Vaccination North-Western Provinces and Oudh 1878-1895 - 1878-1895
Year: 1878
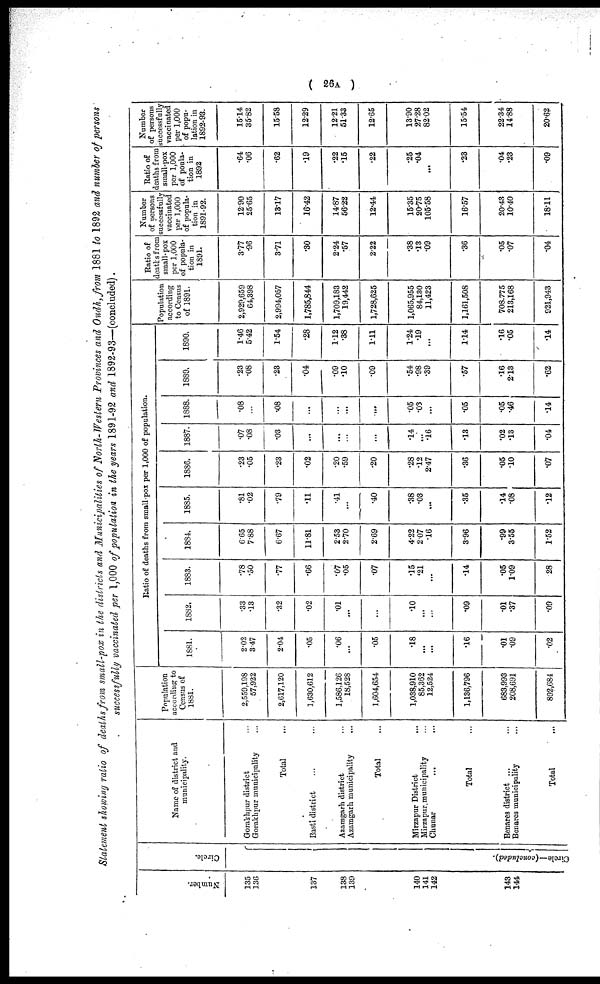
( 26A )
Statement showing ratio of deaths from small-pox in the districts and Municipalities of North-Western Provinces and Oudh, from 1881 to 1892 and number of persons
successfully vaccinated per 1,000 of population in the years 1891-92 and 1892-93—(concluded).
Number.
135
136
137
138
139
140
141
142
143
144
Circle.
Circle—(concluded).
Name of district and
municipality.
Gorakhpur district ...
Gorakhpur municipality ...
Total ...
Basti district ... ...
Azamgarh district ...
Azamgarh municipality ...
Total ...
Mirzapur District
Mirzapur municipality ...
Chunar ... ...
Total ...
Benares district ... ...
Benares municipality ...
Total ...
Population
according to
Census of
1881.
2,550,198
57,922
2,617,120
1,630,612
1,586,126
18,528
1,604,654
1,038,910
85,362
12,524
1,136,796
683,993
208,691
892,684
Ratio of deaths from small-pox per 1,000 of population.
1881.
2.02
3.47
2.04
.05
.06
...
.05
.18
...
...
.16
.01
.09
.02
1882.
.33
.13
.32
.02
.01
...
...
.10
...
...
.09
.01
.37
.09
1883.
.78
.50
.77
.66
.07
.05
.07
.15
.21
...
.14
.05
1.09
28
1884.
6.65
7.88
6.67
11.81
2.53
2.70
2.69
4.22
2.07
.16
3.96
.99
3.55
1.52
1885.
.81
.02
.79
.11
.41
...
.40
.38
.03
...
.35
.14
.08
.12
1886.
.23
.05
.23
.02
.20
.59
.20
.28
.12
2.47
.36
.05
.10
.07
1887.
.07
.08
.03
...
...
...
...
.14
...
.16
.13
.02
.13
.04
1888.
.08
...
.08
...
...
...
...
.05
.03
...
.05
.05
.46
.14
1889.
.23
.08
.23
.04
.09
.10
.09
.54
.98
.39
.57
.16
2.13
.62
1890.
1.46
5.42
1.54
.28
1.12
.38
1.11
1.24
.19
...
1.14
.16
.05
.14
Population
according
to Census
of 1891.
2,929,659
64,398
2,994,057
1,785,844
1,709,183
19,442
1,728,625
1,065,955
84,130
11,423
1,161,508
708.775
213,168
921,943
Ratio of
deaths from
small-pox
per 1,000
of popula-
tion in
1891.
3.77
.96
3.71
.30
2.24
.57
2.22
.38
.13
.09
.36
.05
.07
.04
Number
of persons
successfully
vaccinated
per 1,000
of popula-
tion in
1891-92.
12.90
25.65
13.17
16.42
14.87
56.22
12.44
15.35
20.75
105.58
16.57
20.43
10.40
18.11
Ratio of
deaths from
small-pox
per 1,000
of poula-
tion in
1892
.64
.06
.62
.19
.22
.15
.22
.25
.04
...
.23
.04
.23
.09
Number
of persons
successfully
vaccinated
per 1,000
of popu-
lation in
1892-93.
15.14
35.82
15.58
12.29
12.21
51.33
12.65
13.90
27.28
82.02
15.54
22.34
14.88
20.62